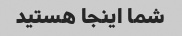
شما اینجا هستید